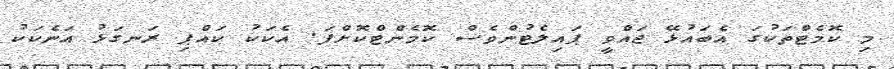
މި ކޮމެޓްތަކުގަ އެބައުޅޭ ޖައްވީ ޕައިލެޓުންވެސް ކޮމެންޓްކޮށްފަ. އެކަކު ކައްޕި ރަނގަޅު އަނެކަކު